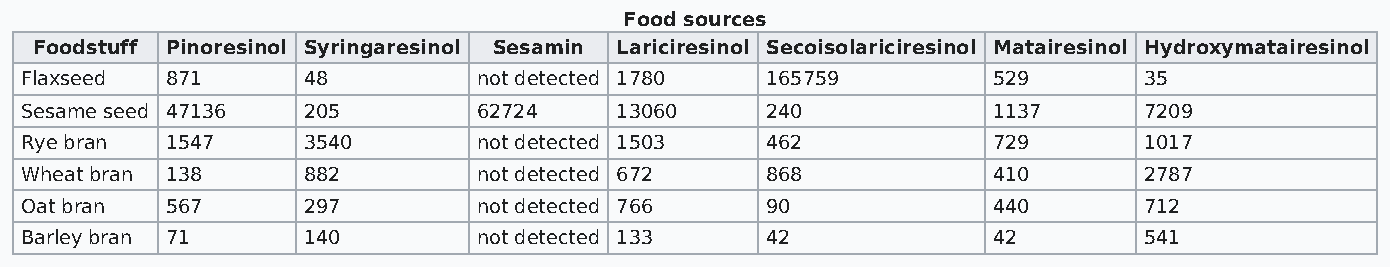
Food sources
 Foodstuff Pinoresinol Syringaresinol Sesamin Lariciresinol Secoisolariciresinol Matairesinol Hydroxymatairesinol
 Flaxseed  871      48          not detected 1780  165759         529       35
 Sesame seed 47136  205         62724    13060     240            1137      7209
 Rye bran  1547     3540        not detected 1503  462            729       1017
 Wheat bran 138     882         not detected 672   868            410       2787
 Oat bran  567      297         not detected 766   90             440       712
 Barley bran 71     140         not detected 133   42             42        541